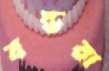
বন্ডরা